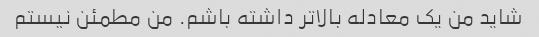
شاید من یک معادله بالاتر داشته باشم. من مطمئن نیستم